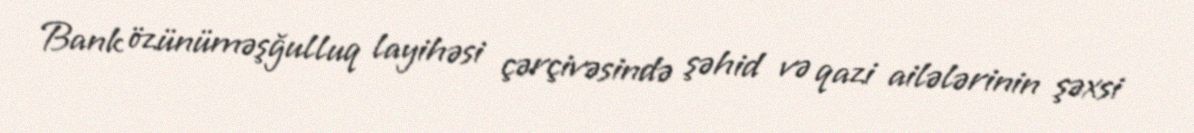
Bank özünüməşğulluq layihəsi çərçivəsində şəhid və qazi ailələrinin şəxsi